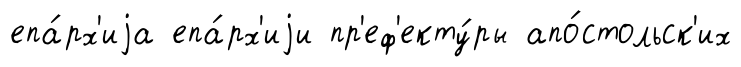
епа́рх'иjа епа́рх'иjи пр'еф'екту́ры апо́стольск'их